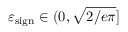
\varepsilon _ { \mathrm { s i g n } } \in ( 0 , \sqrt { 2 / e \pi } ]